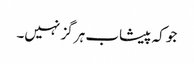
جو کہ پیشاب ہر گز نہیں۔